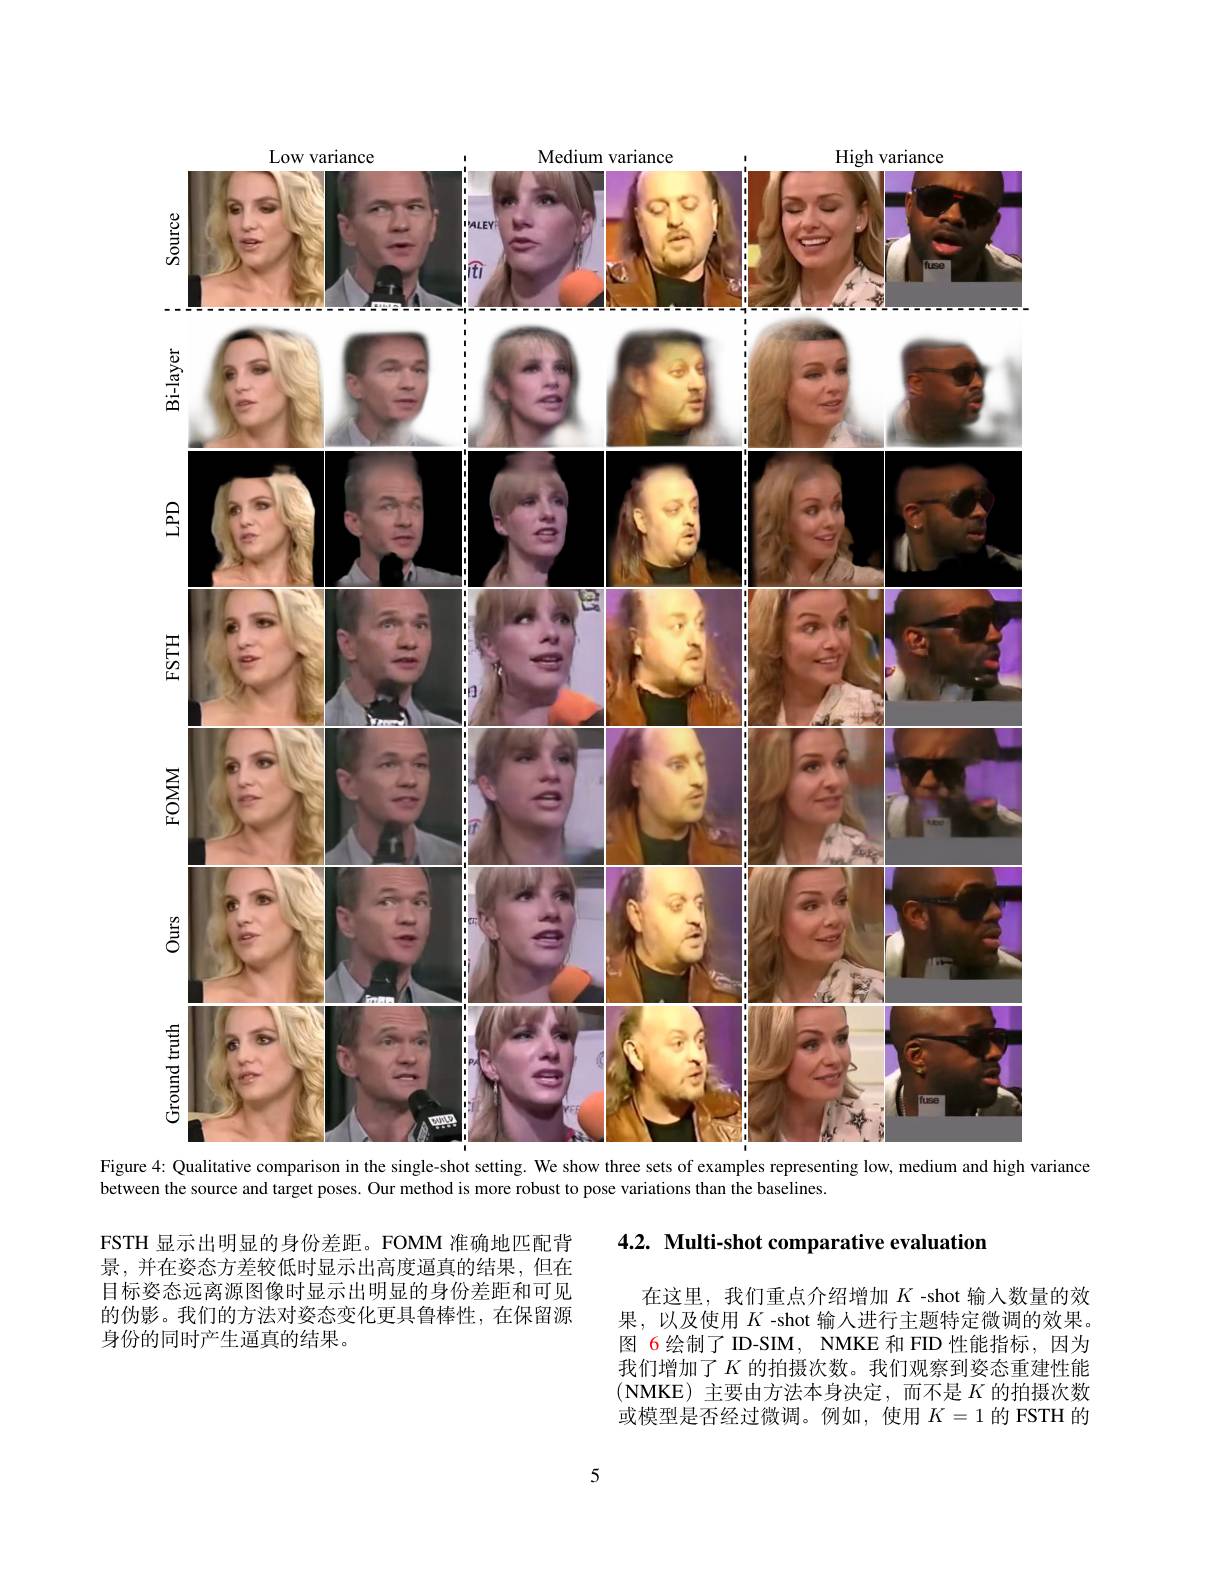
<FigureHere>
Figure 4: Qualitative comparison in the single-shot setting. We show three sets of examples representing low, medium and high variance

between the source and target poses. Our method is more robust to pose variations than the baselines.

4.2. Multi-shot comparative evaluation

FSTH 显示出明显的身份差距。FOMM 准确地匹配背景，并在姿态方差较低时显示出高度逼真的结果，但在目标姿态远离源图像时显示出明显的身份差距和可见的伪影。我们的方法对姿态变化更具鲁棒性，在保留源身份的同时产生逼真的结果。

在这里，我们重点介绍增加$K$ -shot 输入数量的效果，以及使用$K$ -shot 输人进行主题特定微调的效果。图 6 绘制了 ID-SIM, NMKE 和 FID 性能指标，因为我们增加了$K$ 的拍摄次数。我们观察到姿态重建性能(NMKE)主要由方法本身决定，而不是$K$的拍摄次数或模型是否经过微调。例如，使用$K=1$的 FSTH 的

5